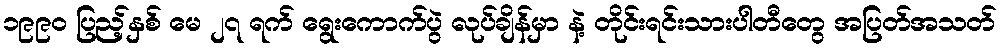
၁၉၉၀ ပြည့်နှစ် မေ ၂၇ ရက် ရွေးကောက်ပွဲ လုပ်ချိန်မှာ နဲ့ တိုင်းရင်းသားပါတီတွေ အပြတ်အသတ်